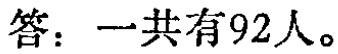
答：一共有92人。